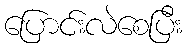
ပြောင်းလဲစေပြီး